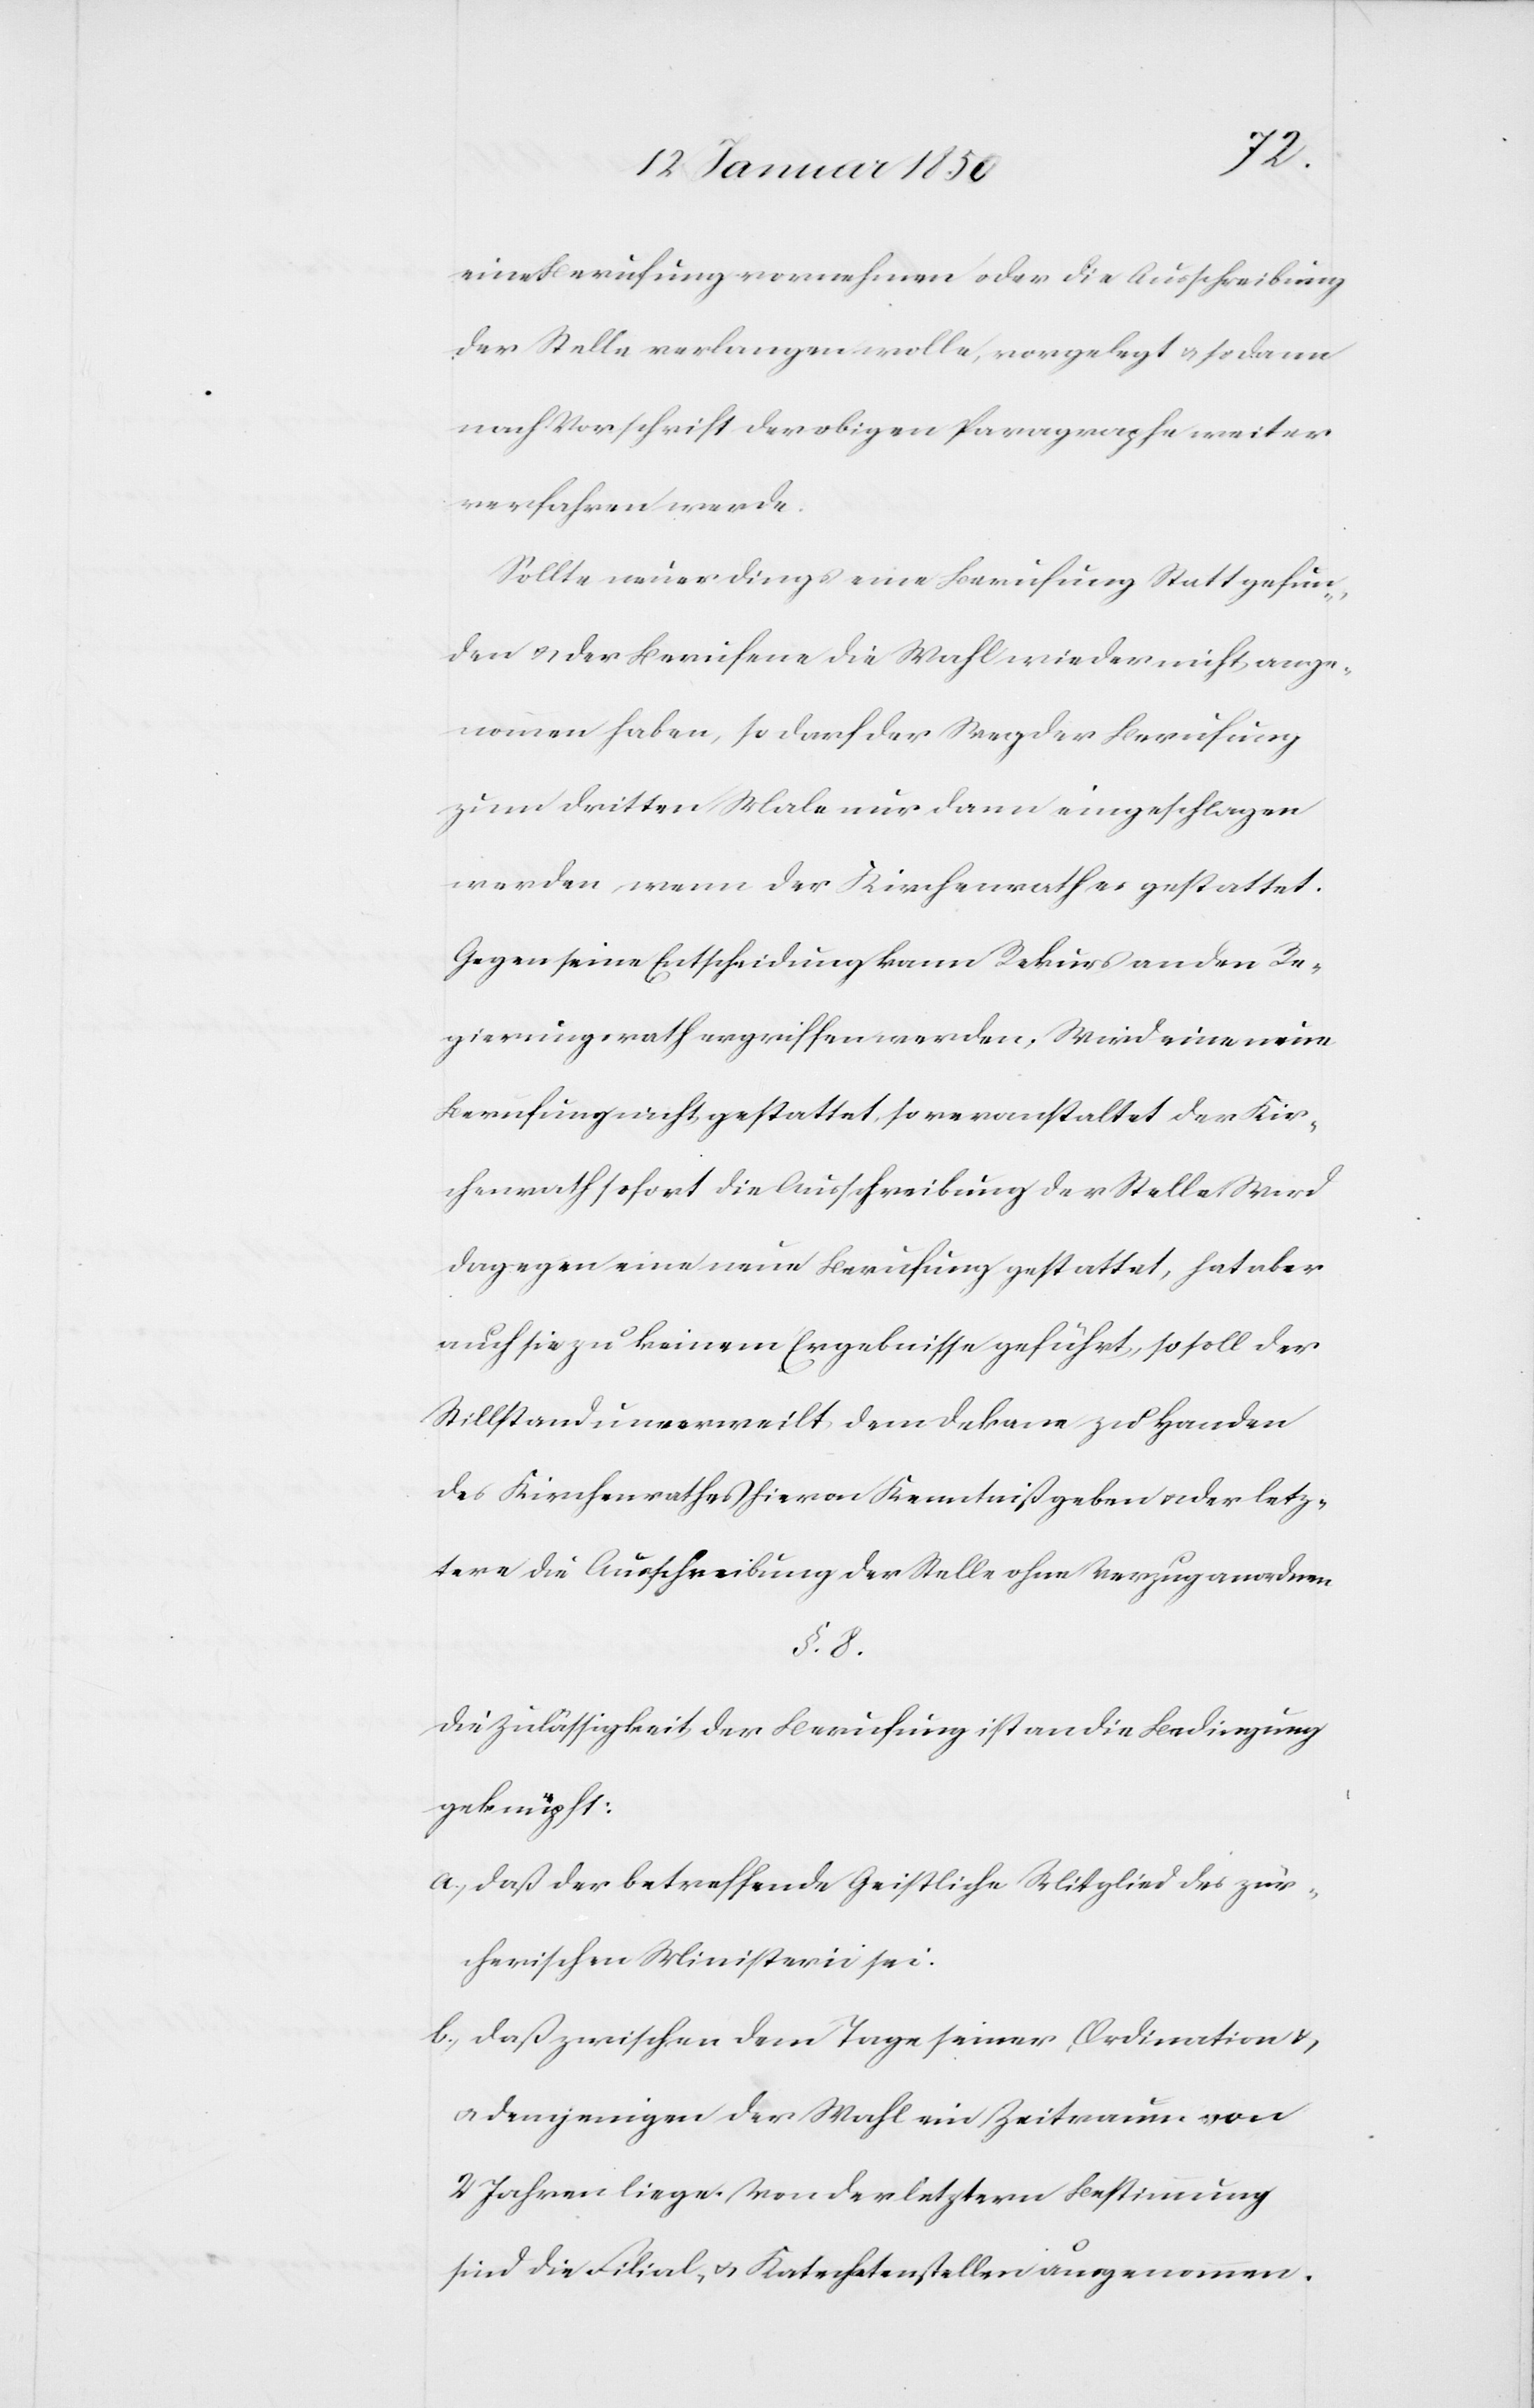
eine Berufung vornehmen oder die Ausschreibung
der Stelle verlangen wolle, vorgelegt u. sodann
nach Vorschrift der obigen Paragraphe weiter
verfahren werde.
Sollte neuerdings eine Berufung Statt gefun¬
den u. der Berufene die Wahl wieder nicht ange¬
nommen haben, so darf der Weg der Berufung
zum dritten Male nur dann eingeschlagen
werden wenn der Kirchenrath es gestattet.
Gegen seine Entscheidung kann Rekurs an den Re¬
gierungsrath ergriffen werden. Wird eine neue
Berufung nicht gestattet, so veranstaltet der Kir¬
chenrath sofort die Ausschreibung der Stelle[.] Wird
dagegen eine neue Berufung gestattet, hat aber
auch sie zu keinem Ergebnisse geführt, so soll der
Stillstand unverweilt dem Dekane zu Handen
des Kirchenrathes hievon Kenntniß geben u. der letz¬
tere die Ausschreibung der Stelle ohne Verzug anordnen
§. 8.
Die Zulässigkeit der Berufung ist an die Bedingung
geknüpft:
a. daß der betreffende Geistliche Mitglied des zür¬
cherischen Ministerii sei.
b. Daß zwischen dem Tage seiner Ordination u.
demjenigen der Wahl ein Zeitraum von
2 Jahren liege. Von der letztern Bestimmung
sind die Filial- u. Katechetenstellen ausgenommen.